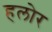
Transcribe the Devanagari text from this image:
हलोर